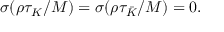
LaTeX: \sigma ( \rho \tau _ { K } / M ) = \sigma ( \rho \tau _ { \bar { K } } / M ) = 0 .